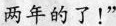
两年的了!”